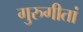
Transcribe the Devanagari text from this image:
गुरुगीतां